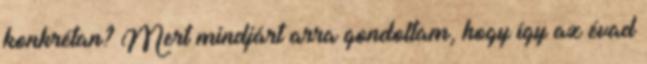
konkrétan? Mert mindjárt arra gondoltam, hogy így az évad